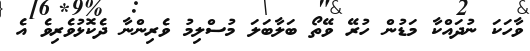
ވާހަކަ ނުދައްކާ މަޑުން ހުރޭ ވޭތޯ ބަލާބަލަ މުސްލިމު ވެރިންނާ ދެކޮޅުވެރިވެ އެ